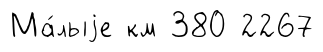
Ма́лыjе км 380 2267